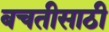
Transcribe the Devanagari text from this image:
बचतीसाठी